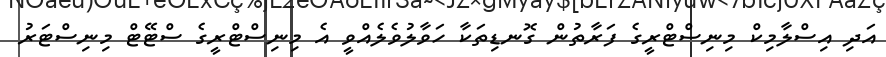
އަދި އިސްލާމިކް މިނިސްޓްރީގެ ފަރާތުން ގޮނޑިތަކާ ހަވާލުވެލެއްވީ އެ މިނިސްޓްރީގެ ސްޓޭޓް މިނިސްޓަރު